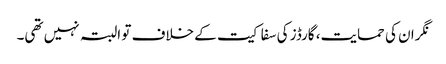
نگران کی حمایت، گارڈز کی سفاکیت کے خلاف تو البتہ نہیں تھی۔